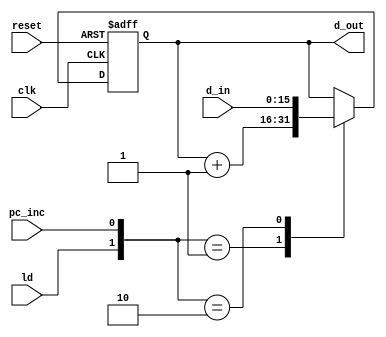
`timescale 1ns / 1ps

// worked on 11/07/2018 from 12:00pm to 12:30pm

/***************************************************************************
 * Project: Lab 07, CPU Execution Unit
 * Designer: Juan Saavedra, Brianna Segura
 * Rev. Date: Nov. 6th, 2018
 *
 * Purpose: A generic 16-bit register composed of 16 one-bit D flip flops with
 * some added functionality. When reset is asserted, the output is a 16'b0. 
 * This register possesses a load enable input (ld) as well as an additional input 
 * pc_inc, which is used to implement additonal functionality as defined below:  
 *      ld == 0 & pc_inc == 1   : d_out <= d_out + 16'b1
 *      ld == 1 & pc_inc == 0   : d_out <= d_in
 *      else:                   : d_out <= d_out
 *
 * The above operations take place only on the positive edge of the clock
 * or the positive edge of reset.
 * 
 * Dependencies: None
 *
 * Notes: 
***************************************************************************/

module reg_pc(
    input clk,
    input reset,
    input ld,
    input pc_inc,
    input [15:0] d_in,
    output reg [15:0] d_out
    );
    
    always @ (posedge clk or posedge reset)
        if (reset)
            d_out <= 16'b0;
        else
            case ({ld, pc_inc})
                // 2'b00   : d_out <= d_out     ;
                2'b01   : d_out <= d_out + 16'b1;
                2'b10   : d_out <= d_in         ;
                // 2'b11   : d_out <= d_in + 1  ;
                default : d_out <= d_out        ;
            endcase
endmodule